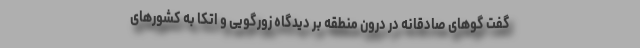
گفت گوهای صادقانه در درون منطقه بر دیدگاه زورگویی و اتکا به کشورهای